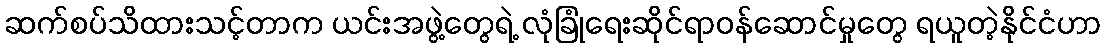
ဆက်စပ်သိထားသင့်တာက ယင်းအဖွဲ့တွေရဲ့ လုံခြုံရေးဆိုင်ရာဝန်ဆောင်မှုတွေ ရယူတဲ့နိုင်ငံဟာ